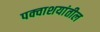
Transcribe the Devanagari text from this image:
पक्वाशयांतील